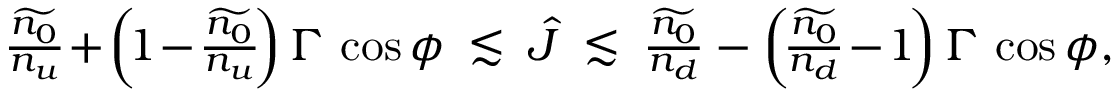
\begin{array} { r } { \frac { \widetilde { n _ { 0 } } } { n _ { u } } \! + \! \left( \! 1 \! - \! \frac { \widetilde { n _ { 0 } } } { n _ { u } } \! \right) \Gamma \, \cos \phi \: \lesssim \: \hat { J } \: \lesssim \: \frac { \widetilde { n _ { 0 } } } { n _ { d } } - \left( \! \frac { \widetilde { n _ { 0 } } } { n _ { d } } \! - \! 1 \! \right) \Gamma \, \cos \phi , } \end{array}